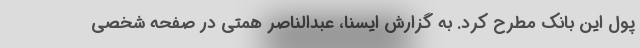
پول این بانک مطرح کرد. به گزارش ایسنا، عبدالناصر همتی در صفحه شخصی